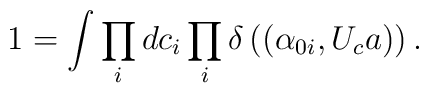
1 = \int \prod_{i} dc_{i} \prod_{i} \delta \left( (\alpha_{0i},U_{c} a) \right).